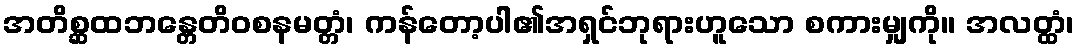
အတိစ္ဆထဘန္တေတိဝစနမတ္တံ၊ ကန်တော့ပါ၏အရှင်ဘုရားဟူသော စကားမျှကို။ အလတ္ထံ၊